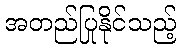
အတည်ပြုနိုင်သည့်